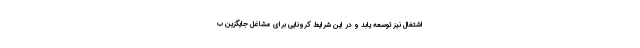
اشتغال نیز توسعه یابد و در این شرایط کرونایی برای مشاغل جایگزین ب